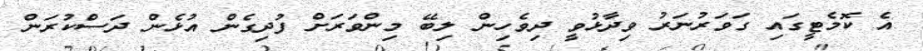
އެ ކޮމެޓީގައި ގަވަރުނަރު ވިދާޅުވީ ދިވެހިން ލިބޭ މިންވަރަށް ފުދިގެން އުޅެން ދަސްކުރަން